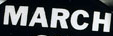
MARCH